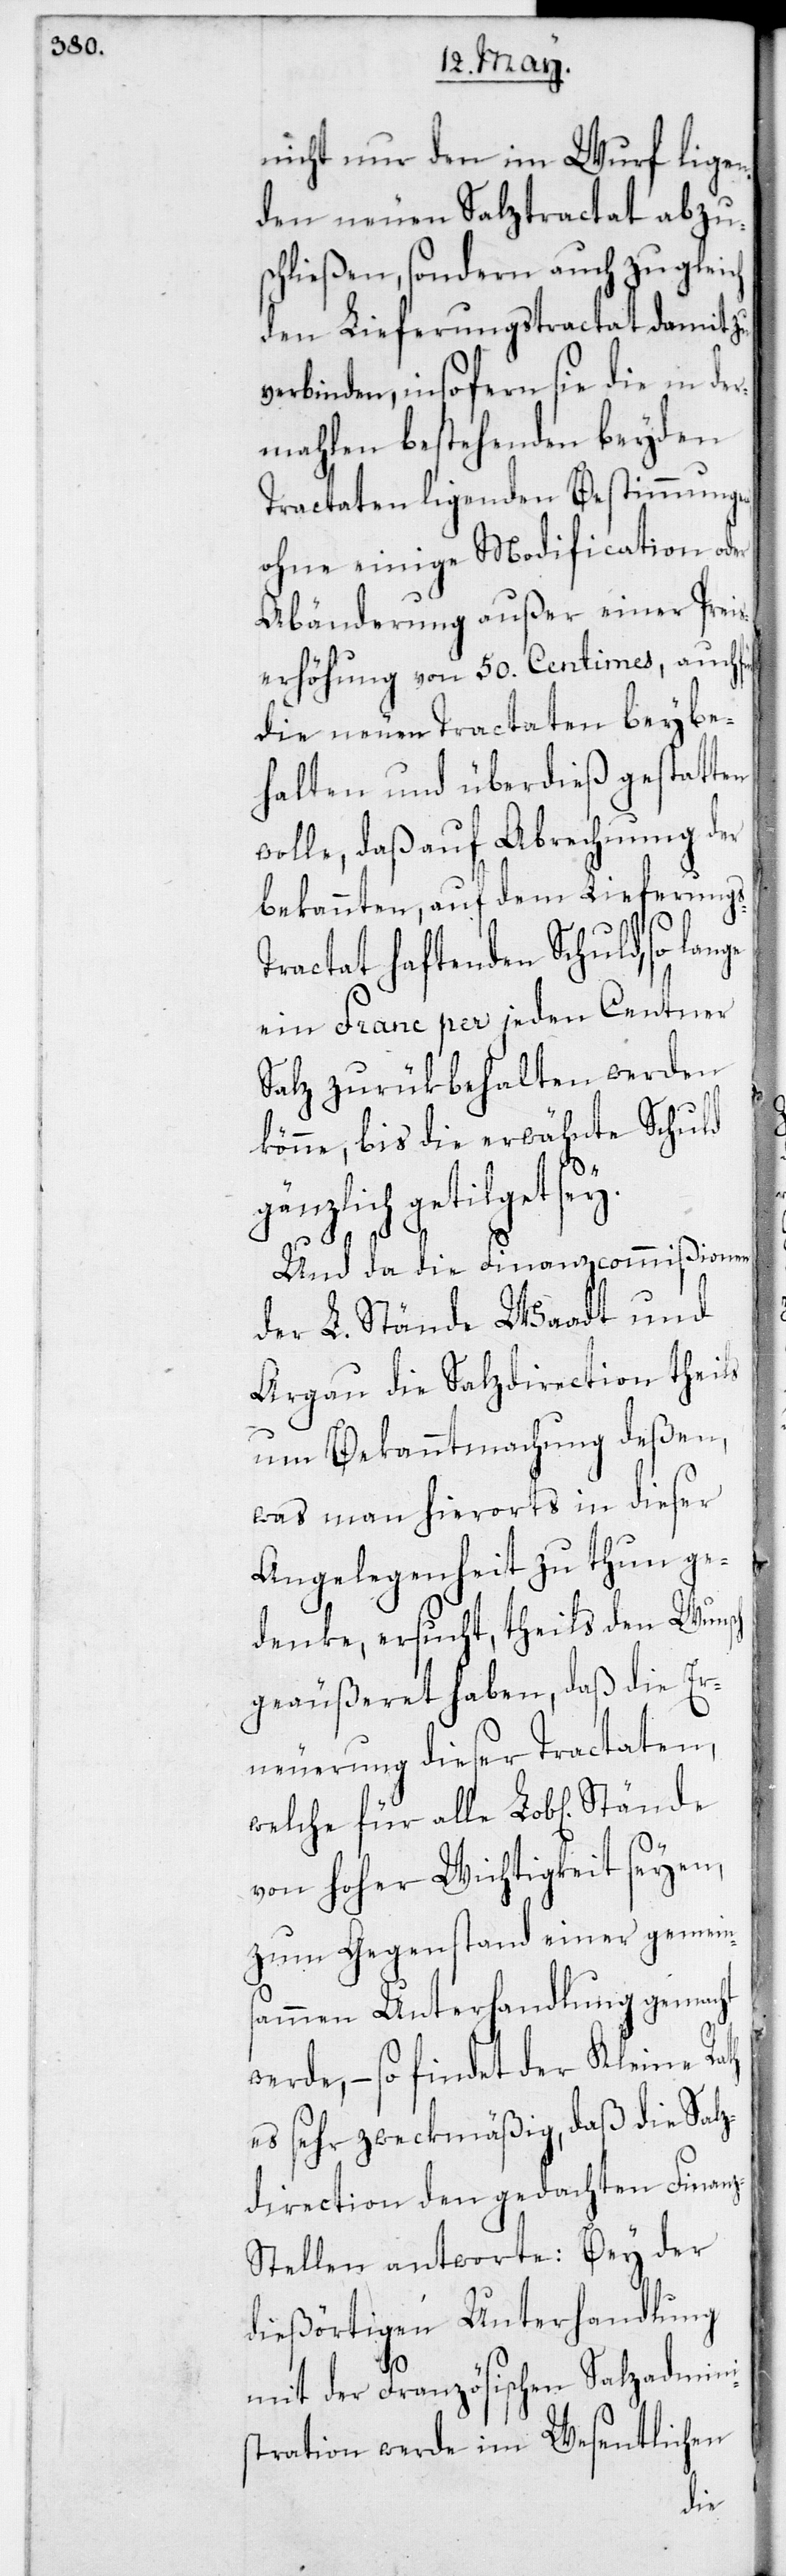
nicht nur den im Wurf ligen¬
den neuen Salztractat abzu¬
schließen, sondern auch zugleich
den Lieferungstractat damit zu
verbinden, insofern sie die in der¬
mahlen bestehenden beyden
Tractaten ligenden Bestimmungen
ohne einige Modification oder
Abänderung außer einer Preis¬
erhöhung von 50. Centimes, auch
die neuen Tractaten beybe¬
halten und überdieß gestatten
wolle, daß auf Abrechnung der
bekannten, auf dem Lieferungs-T¬
ractat haftenden Schuld, so lan¬
ein Franc per jeden Centner
Salz zurükbehalten werden
könne, bis die erwähnte Schuld
ge
gänzlich getilget sey.
Und da die Finanzcommißionen
der L. Stände Waadt und
Argau die Salzdirection theils
um Bekanntmachung deßen,
was man hierorts in dieser
Angelegenheit zu thun ge¬
denke, ersucht, theils den Wunsch
geäußeret haben, daß die Er¬
neuerung dieser Tractaten,
welche für alle Lob[lichen]
von hoher Wichtigkeit seyen,
zum Gegenstand einer gemein¬
sammen Unterhandlung gemacht
werde, – so findet der Kleine
es sehr zweckmäßig, daß die Salz¬
direction den gedachten Finan¬
z-Stellen antworte: Bey der
dießörtigen Unterhandlung
mit der Französischen Salzadmini¬
strathion werde im Wesentlichen